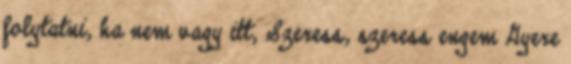
folytatni, ha nem vagy itt, Szeress, szeress engem Gyere